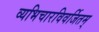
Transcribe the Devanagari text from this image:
व्यभिचारविवर्जितम्